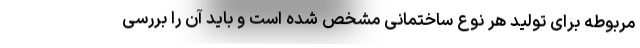
مربوطه برای تولید هر نوع ساختمانی مشخص شده است و باید آن را بررسی